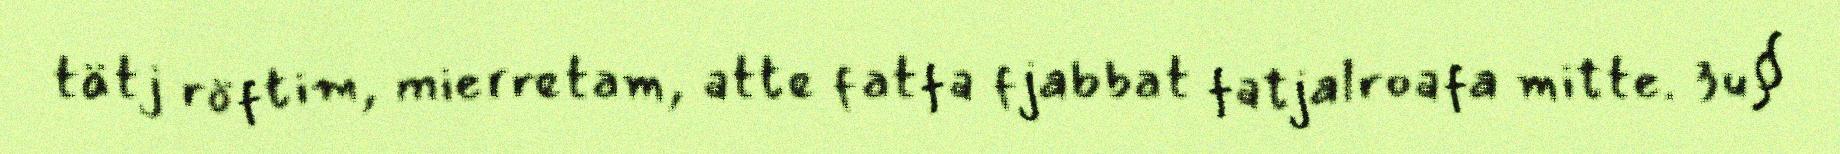
tätj röftim, mierretam, atte fatfa fjabbat fatjalroafa mitte. 3u§